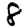
Digit: 8